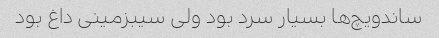
ساندویچ‌ها بسیار سرد بود ولی سیبزمینی داغ بود